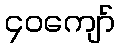
၄၀ကျော်